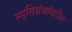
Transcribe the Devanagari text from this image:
स्मृतिग्रंथांवरील